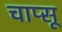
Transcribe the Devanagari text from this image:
चाप्सू